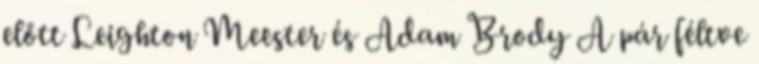
előtt Leighton Meester és Adam Brody A pár féltve